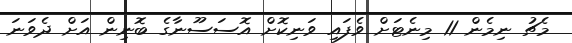
މެޗު ނިމެން 11 މިނެޓަށް ވެފައި ވަނިކޮށް އޮސަސޫނާގެ ބޮނިން އަށް ދެވަނަ